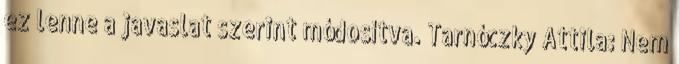
ez lenne a javaslat szerint módosítva. Tarnóczky Attila: Nem